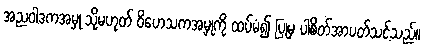
အညဝါဒကအမှု သို့မဟုတ် ဝိဟေသကအမှုကို ထပ်မံ၍ ပြုမှ ပါစိတ်အာပတ်သင့်သည်။